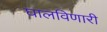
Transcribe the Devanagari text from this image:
घालविणारी